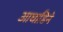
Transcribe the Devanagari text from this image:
आघाडिने